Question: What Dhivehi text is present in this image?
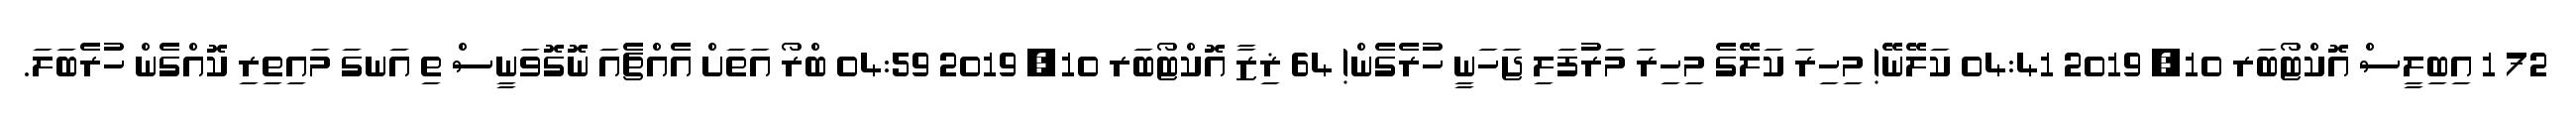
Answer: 72 1 އިބިލީސް އޮކްޓޯބަރ 10, 2019 04:41 ކަލޭނޭ! މިހިރަ ކަލޭގެ މިހިރަ މަރުފަލި ޖަހަނީ ހުރެގެން! 64 ޜިޒާ އޮކްޓޯބަރ 10, 2019 04:59 ބްރޯ އަތަށް އެއްޗެއަ ނޮގޮވަނީސް ތި އަނގަ މައިތިރި ކޮއްގެން ހުރެބަލަ.